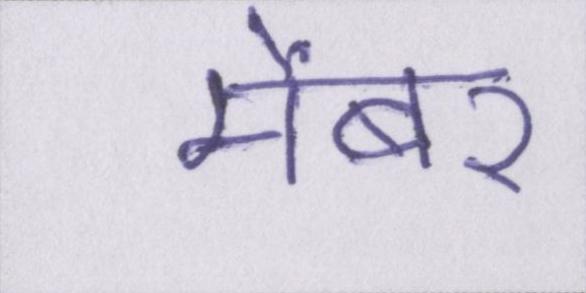
मेंबर